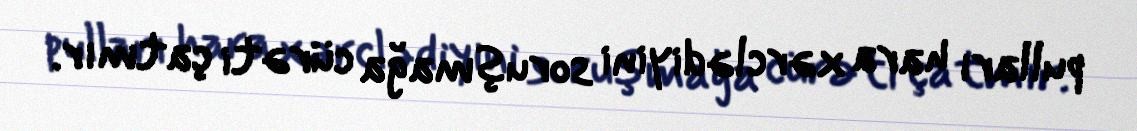
pulları hara xərclədiyini soruşmağa cürəti çatmır.